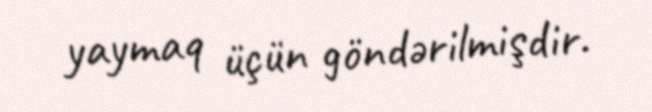
yaymaq üçün göndərilmişdir.